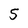
Character: 5